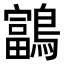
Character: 𪆠